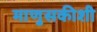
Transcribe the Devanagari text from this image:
माणुसकीशी